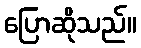
ပြောဆိုသည်။